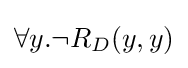
\forall y.\neg R_{D}(y,y)